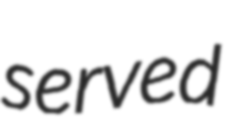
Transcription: served